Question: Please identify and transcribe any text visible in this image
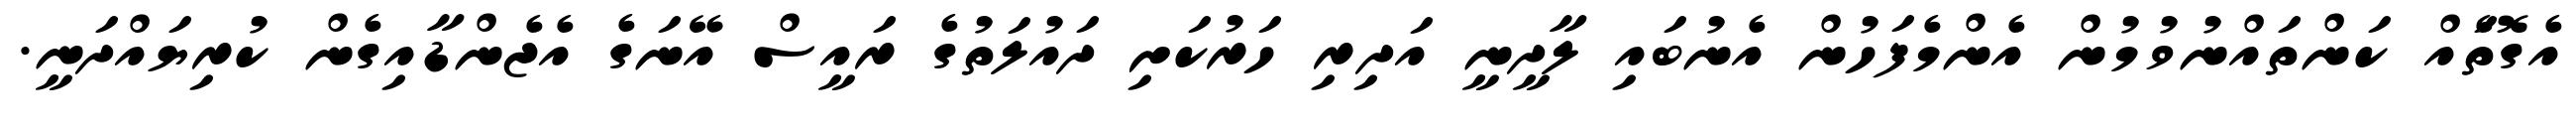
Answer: އެގޮތަެއް ކަންތައްނުވުމުން އެންމެފަހުން އެނުބައި ލާދީނީ އަދިރި ހަރުކަށި ދައުލަތުގެ ރައީސް އޭނަގެ އެޖެންޑާއިގެން ކުރިޔައްދަނީ.